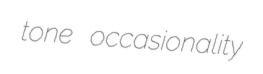
tone occasionality